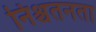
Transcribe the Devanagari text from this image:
निश्चतनता